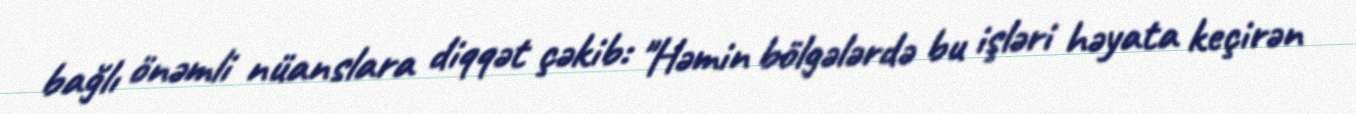
bağlı önəmli nüanslara diqqət çəkib: "Həmin bölgələrdə bu işləri həyata keçirən